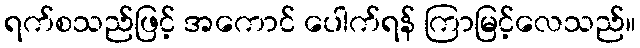
ရက်စသည်ဖြင့် အကောင် ပေါက်ရန် ကြာမြင့်လေသည်။